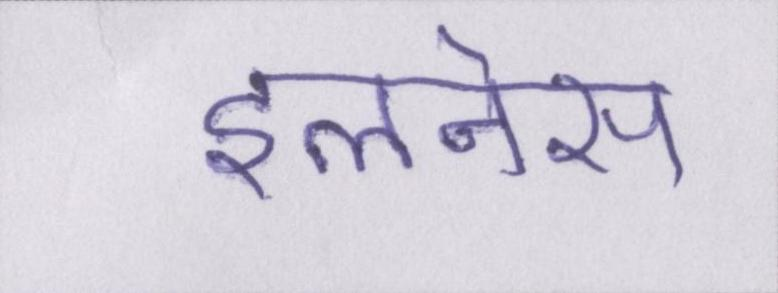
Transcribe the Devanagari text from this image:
इलनेस